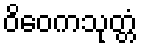
ဝိဝေကသုတ္တံ